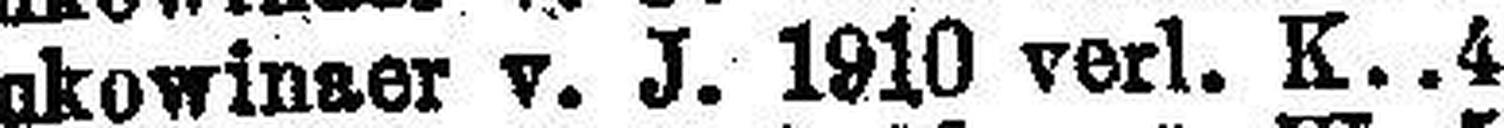
Bukowinser v. J. 1910 verl. K. 4